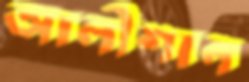
আলীশান